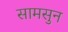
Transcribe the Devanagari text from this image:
सामसुन